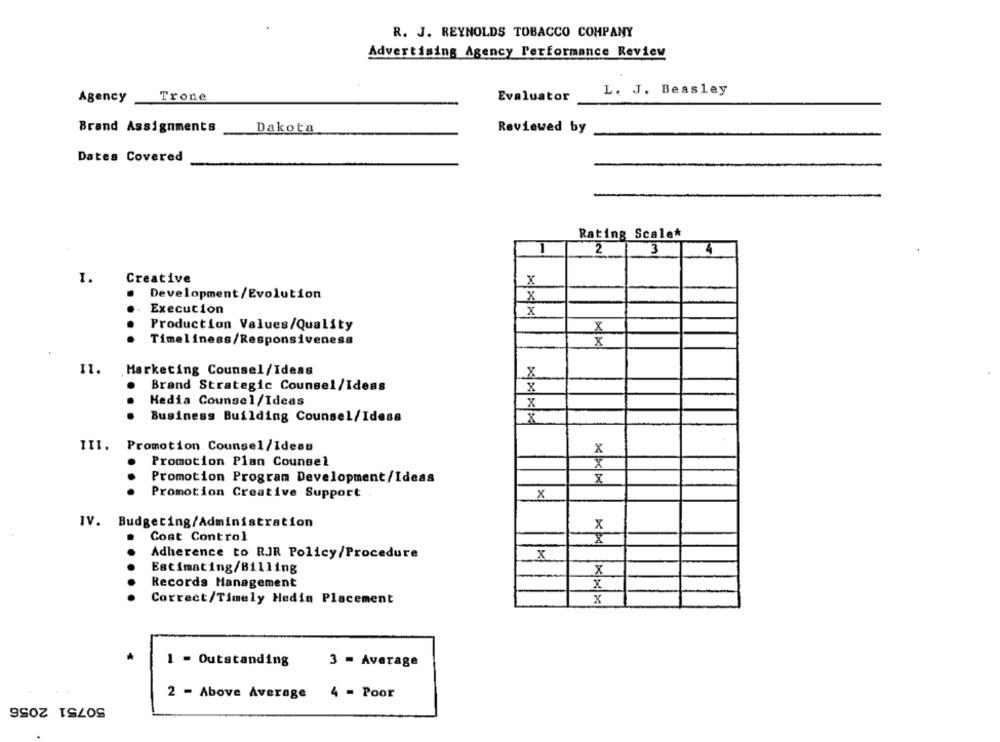
R. J. REYNOLDS TOBACCO COMPANY
Advertising Agency Performance Review
Evaluator
L. J. Beasley
Agency
Trone
Brand Assignments
Dakota
Reviewed by
Dates Covered
Rating Scale*
2
3
4
I.
Creative
x
Development/Evolution
X
Execution
x
Production Values/Quality
X
Timeliness/Responsiveness
x
11.
Marketing Counsel/Ideas
X
Brand Strategic Counsel/Ideas
X
Hedia Counsel/Ideas
X
...
Business Building Counsel/Idesa
X
III.
Promotion Counsel/Ideas
X
Promotion Plan Counsel
x
Promotion Program Development/Ideas
8
...
Promotion Creative Support
X
IV. Budgeting/Administration
X
Cost Control
X
Adherence to RJR Policy/Procedure
x
...
Estimating/Billing
8
Records Management
Correct/Timely Hedia Placement
x
1 - Outstanding
3 - Average
2 - Above Average 4 = Poor
50751 2056